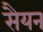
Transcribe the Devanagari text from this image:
सैयन